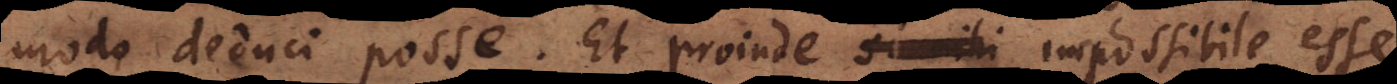
modo deduci posse.Et proinde si nihi impossibile esse,